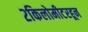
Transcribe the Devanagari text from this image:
२किलोमीटरहून